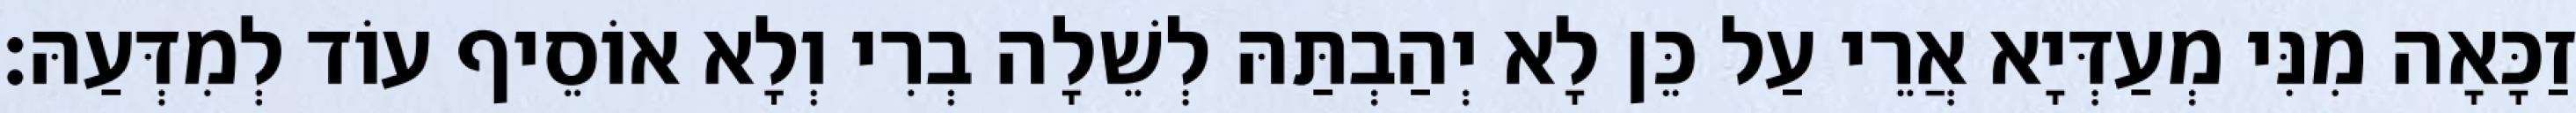
זַכָּאָה מִנִּי מְעַדְּיָא אֲרֵי עַל כֵּן לָא יְהַבְתַּהּ לְשֵׁלָה בְרִי וְלָא אוֹסֵיף עוֹד לְמִדְּעַהּ׃